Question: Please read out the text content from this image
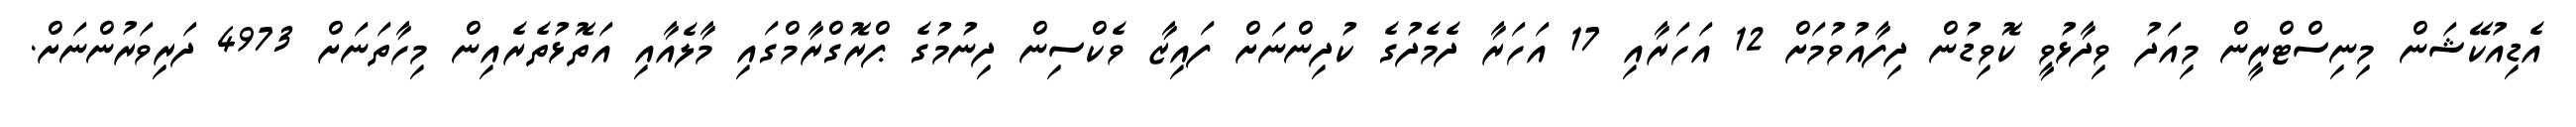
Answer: އެޑިއުކޭޝަން މިނިސްޓްރީން މިއަދު ވިދާޅުވީ ކޮވިޑުން ދިފާއުވުމަށް 12 އަހަރާއި 17 އަހަރާ ދެމެދުގެ ކުދިންނަށް ފައިޒާ ވެކްސިން ދިނުމުގެ ޕްރޮގްރާމްގައި މާލެއާއި އަތޮޅުތެރެއިން މިހާތަނަށް 4973 ދަރިވަރުންނަށް.